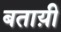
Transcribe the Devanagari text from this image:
बताय़ी